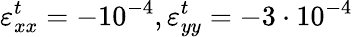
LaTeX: \varepsilon_{xx}^{t}=-10^{-4},\varepsilon_{yy}^{t}=-3\cdot 10^{-4}